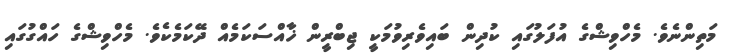
މަތިންނެވެ. މެހްވިޝްގެ އުފަލުގައި ކުދިން ބައިވެރިވުމަކީ ޖިބްރީން ޚާއްސަކަމެއް ދޭކަމެކެވެ. މެހްވިޝްގެ ހައްގުގައި